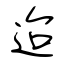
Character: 迨